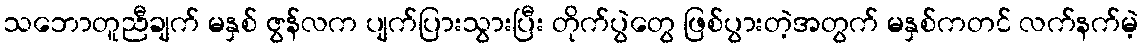
သဘောတူညီချက် မနှစ် ဇွန်လက ပျက်ပြားသွားပြီး တိုက်ပွဲတွေ ဖြစ်ပွားတဲ့အတွက် မနှစ်ကတင် လက်နက်မဲ့